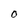
Character: 0